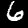
Digit: 6